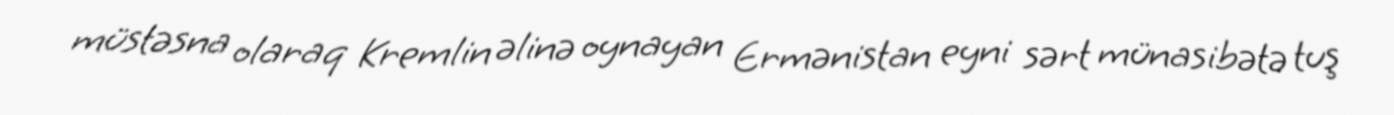
müstəsna olaraq Kremlin əlinə oynayan Ermənistan eyni sərt münasibətə tuş